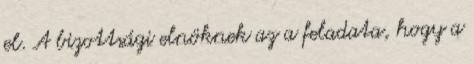
el. A bizottsági elnöknek az a feladata, hogy a